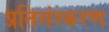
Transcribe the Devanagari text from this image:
प्रतिसंस्करण